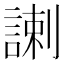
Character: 𧩲